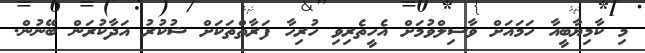
މި ކާމިޔާބީއާ ހަމައަށް ވާސިލްވުމަށް އެހީތެރިވި ހުރިހާ ފަރާތްތަކަށް ޝުކުރު އަދާކުރަން ބޭނުން.